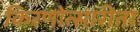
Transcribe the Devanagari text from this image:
किरणोत्सारीता